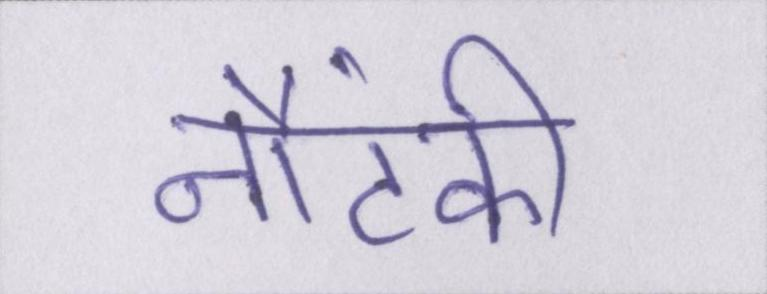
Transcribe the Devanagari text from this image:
नौटंकी